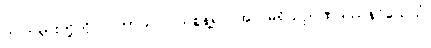
ဤတရားတို့ကို။ ပဟာယ၊ ပယ်စွန့်၍။ အလမရိယဉာဏဒဿနဝိသေသံ၊